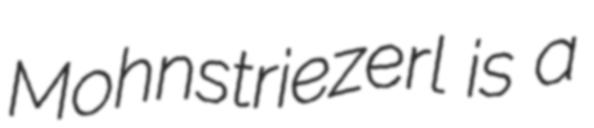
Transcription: Mohnstriezerl is a